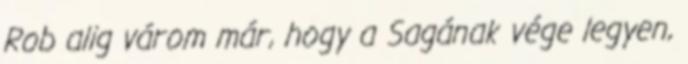
Rob alig várom már, hogy a Sagának vége legyen,